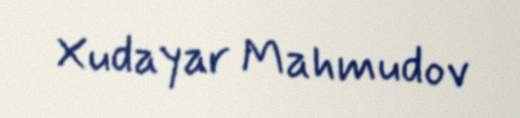
Xudayar Mahmudov